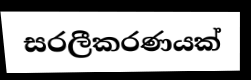
සරලීකරණයක්